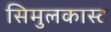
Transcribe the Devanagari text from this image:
सिमुलकास्ट